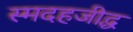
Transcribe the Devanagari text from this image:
स्मदहजीद्ध